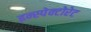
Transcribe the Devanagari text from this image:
इन्स्पेक्टोरेट